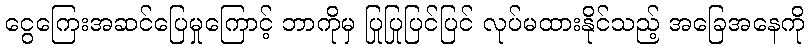
ငွေကြေးအဆင်ပြေမှုကြောင့် ဘာကိုမှ ပြုပြုပြင်ပြင် လုပ်မထားနိုင်သည့် အခြေအနေကို